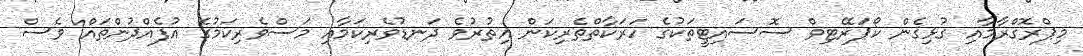
މިޕްރޮގްރާމާއި ގުޅިގެން ކޯޕަރޭޓިވް ސޮސައިޓީތަކުގެ ހަރަކާތްތެރިކަން އިތުރުވެ ދަނޑުވެރިކަމާއި މަސްވެރިކަމުގެ އުފެއްދުންތައް ވެސް